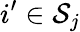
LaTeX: i^{\prime}\in\mathcal S_{j}